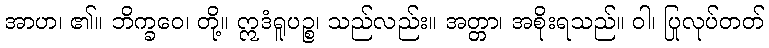
အာဟ၊ ၏။ ဘိက္ခဝေ၊ တို့။ ဣဒံရူပဉ္စ၊ သည်လည်း။ အတ္တာ၊ အစိုးရသည်။ ဝါ၊ ပြုလုပ်တတ်